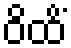
ဝိထိံ